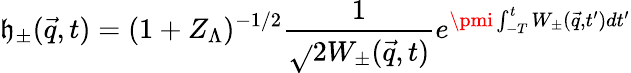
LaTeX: \mathfrak{h}_{\pm}({\vec{{q}}},t)=(1+Z_{\Lambda})^{-1/2}\frac{{1}}{{\sqrt{}{{2W_{\pm}({\vec{{q}}},t)}}}}e^{\pmi\int_{-T}^{t}W_{\pm}({\vec{{q}}},t^{\prime})dt^{\prime}}